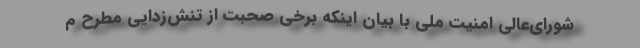
شورای‌عالی امنیت ملّی با بیان اینکه برخی صحبت از تنش‌زدایی مطرح م